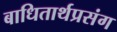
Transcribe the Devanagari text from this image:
बाधितार्थप्रसंग